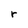
Character: r